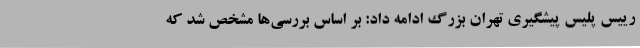
رییس پلیس پیشگیری تهران بزرگ ادامه داد: بر اساس بررسی‌ها مشخص شد که